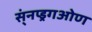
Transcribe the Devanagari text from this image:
स्ंनप्ड्रगओण